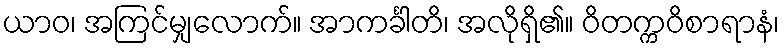
ယာဝ၊ အကြင်မျှလောက်။ အာကင်္ခါတိ၊ အလိုရှိ၏။ ဝိတက္ကဝိစာရာနံ၊